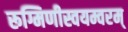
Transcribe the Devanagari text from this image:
रूग्मिणीस्वयम्वरम्